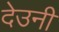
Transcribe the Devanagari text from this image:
देउनी